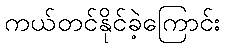
ကယ်တင်နိုင်ခဲ့ကြောင်း